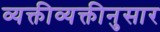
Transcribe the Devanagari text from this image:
व्यक्तीव्यक्तीनुसार